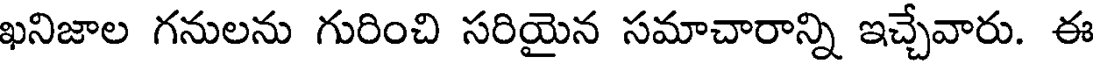
ఖనిజాల గనులను గురించి సరియైన సమాచారాన్ని ఇచ్చేవారు. ఈ